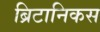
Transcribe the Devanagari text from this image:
ब्रिटानिकस